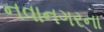
નવાનગરના